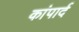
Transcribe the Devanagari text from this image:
कांपार्द